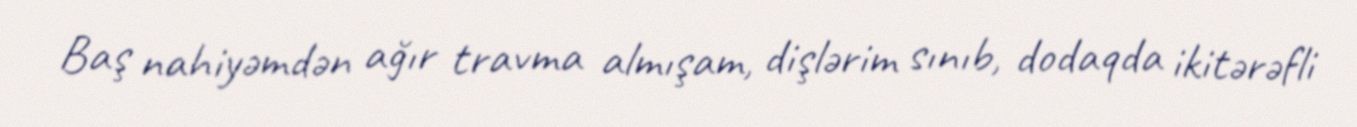
Baş nahiyəmdən ağır travma almışam, dişlərim sınıb, dodaqda ikitərəfli